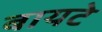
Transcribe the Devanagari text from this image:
बायटे